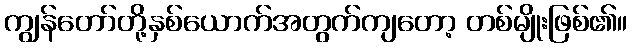
ကျွန်တော်တို့နှစ်ယောက်အတွက်ကျတော့ တစ်မျိုးဖြစ်၏။